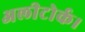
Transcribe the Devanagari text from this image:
अलीटोर्क।